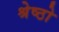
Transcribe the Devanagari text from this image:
श्रेष्ठो